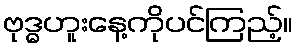
ဗုဒ္ဓဟူးနေ့ကိုပင်ကြည့်။